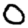
Digit: 0